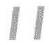
11